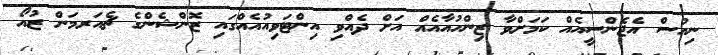
ނިއުސް އެޖެންސީއެއް ކަމަށްވާ ޒިންހުއާއެއް އަށް ދެއްވި އިންޓަވިއުއެއްގައި ޒޮންޝެންގެ ޗެއަރމަން ޒުއޯ